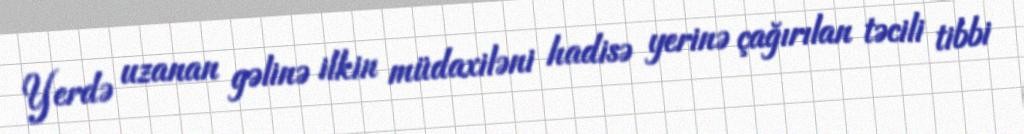
Yerdə uzanan gəlinə ilkin müdaxiləni hadisə yerinə çağırılan təcili tibbi